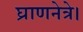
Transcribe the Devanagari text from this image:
घ्राणनेत्रे।